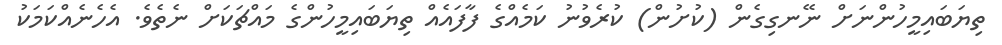
ތިޔަބައިމީހުންނަށް ނޭނގިގެން (ކުށުން) ކުރެވުނު ކަމެއްގެ ފާފައެއް ތިޔަބައިމީހުންގެ މައްޗަކަށް ނެތެވެ. އެހެނެއްކަމަކު